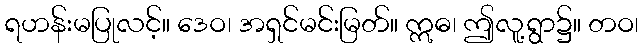
ရဟန်းမပြုလင့်။ ဒေဝ၊ အရှင်မင်းမြတ်။ ဣဓ၊ ဤလူ့ရွာ၌။ တဝ၊